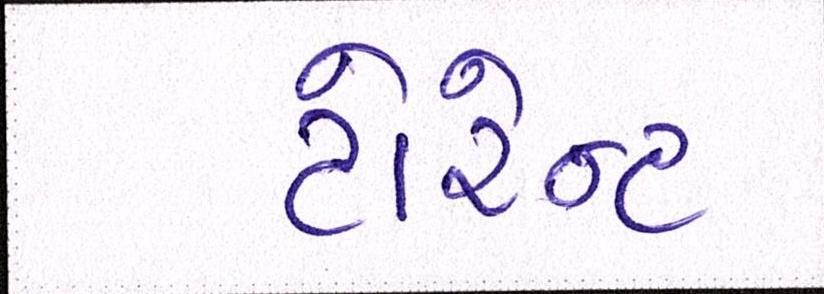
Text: ટોરેન્ટ